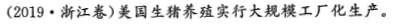
(2019\cdot 浙江卷)美国生猪养殖实行大规模工厂化生产。